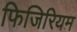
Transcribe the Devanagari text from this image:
फिजिरियम